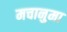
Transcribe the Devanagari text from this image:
मचानुमा